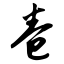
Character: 卷